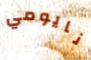
نايومي